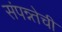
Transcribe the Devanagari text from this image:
संपन्न्तेची